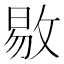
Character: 𫾻